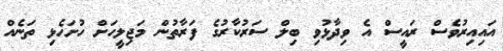
އައިއިރުވެސް ރައީސް އެ ވިދާޅުވި ބިލް ސަރުކާރުގެ ފަރާތުން މަޖިލީހަށް ހުށަހެޅި ތަނެއް